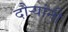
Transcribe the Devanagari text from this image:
दौर्‍यांनी